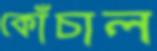
কোঁচাল